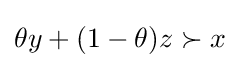
\theta y+(1-\theta )z\succ x